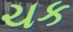
ચક